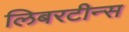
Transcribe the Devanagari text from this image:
लिबरटीन्स